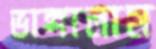
ভাঙ্গালাম